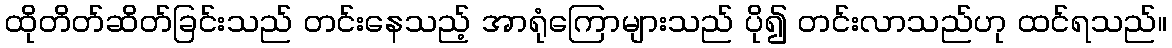
ထိုတိတ်ဆိတ်ခြင်းသည် တင်းနေသည့် အာရုံကြောများသည် ပို၍ တင်းလာသည်ဟု ထင်ရသည်။